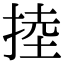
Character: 𢯅